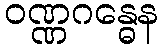
ဝဏ္ဏဂန္ဓေန